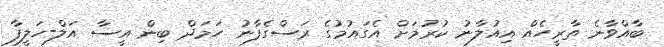
ބާއްވާނެ ތާރީހެއް އިއުލާނު ކުރުމަށް އެގައުމުގެ ރަސްގެފާނު ހަމަދް ބިން އީސާ އަލް-ހަލީފާ